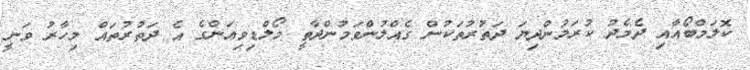
ކޮލަމްބޯއާއި ދެމެދު ކުރަމުންދިޔަ ދަތުރުތަކުން ގެއްލުންވަމުންދާތީ މޯލްޑިވިއަންގެ އެ ދަތުރުތައް މިހާރު ވަނީ